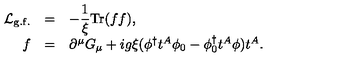
\begin{array} { r c l } { { \cal L } _ { \mathrm { g . f . } } } & { = } & { \displaystyle - \frac { 1 } { \xi } \mathrm { T r } ( f f ) , } \\ { f } & { = } & { \partial ^ { \mu } G _ { \mu } + i g \xi ( \phi ^ { \dagger } t ^ { A } \phi _ { 0 } - \phi _ { 0 } ^ { \dagger } t ^ { A } \phi ) t ^ { A } . } \\ \end{array}